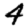
Digit: 4